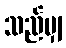
သည်မျှ